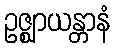
ဥဇ္ဈာယန္တာနံ